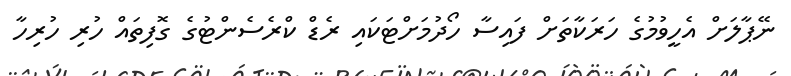
ނޭޕާލަށް އެހީވުމުގެ ހަރަކާތަށް ފައިސާ ހޯދުމަށްޓަކައި ރެޑް ކްރެސެންޓުގެ ގޮފިތައް ހުރި ހުރިހާ